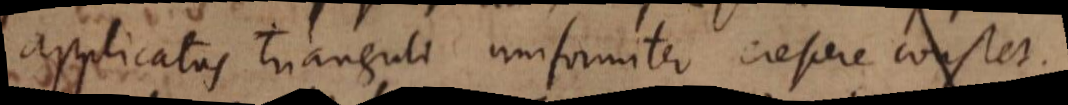
applicatas trianguli uniformiter crescere constet.